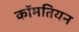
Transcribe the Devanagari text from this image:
कॉमतियन